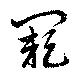
闕